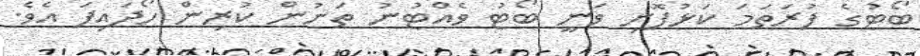
ބޯޓުގެ ފުރަތަމަ ކަޅުފޮށި ވަނީ ބޯޓު ވެއްޓުނު ތަނުން ކުރިން ހޯދައިފަ އެވެ.